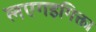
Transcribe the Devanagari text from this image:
लएगइगिक्ता